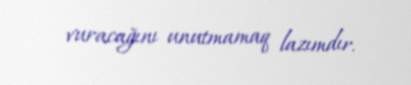
vuracağını unutmamaq lazımdır.